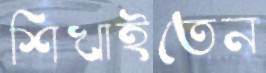
শিখাইতেন